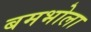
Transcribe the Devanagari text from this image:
बमभोला